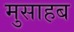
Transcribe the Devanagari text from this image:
मुसाहब